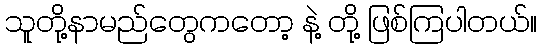
သူတို့နာမည်တွေကတော့ နဲ့ တို့ ဖြစ်ကြပါတယ်။